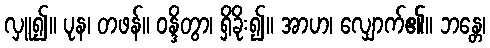
လှူ၍။ ပုန၊ တဖန်။ ဝန္ဒိတွာ၊ ရှိခိုး၍။ အာဟ၊ လျှောက်၏။ ဘန္တေ၊